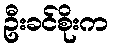
ဦးခင်စိုးက